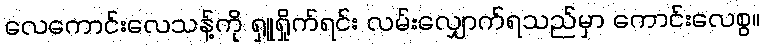
လေကောင်းလေသန့်ကို ရှူရှိုက်ရင်း လမ်းလျှောက်ရသည်မှာ ကောင်းလေစွ။